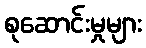
စုဆောင်းမှုများ